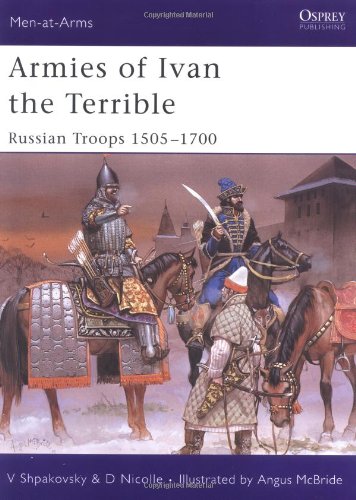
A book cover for Armies of Ivan the Terrible: Russian Troops 1505-1700 (Men-at-Arms); David Nicolle; History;